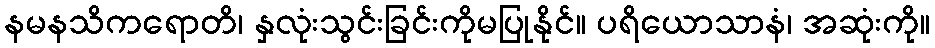
နမနသိကရောတိ၊ နှလုံးသွင်းခြင်းကိုမပြုနိုင်။ ပရိယောသာနံ၊ အဆုံးကို။